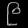
Digit: ၉